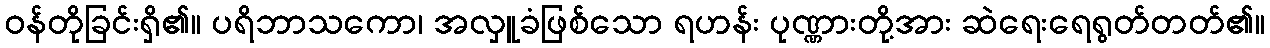
ဝန်တိုခြင်းရှိ၏။ ပရိဘာသကော၊ အလှူခံဖြစ်သော ရဟန်း ပုဏ္ဏားတို့အား ဆဲရေးရေရွတ်တတ်၏။